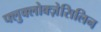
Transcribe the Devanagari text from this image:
फ्लुक्लोक्ज़ेसिलिन